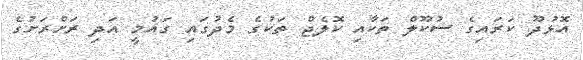
އޮޅުދޫ ކަރައިގެ ސުކޫލް ތަކާއި ކޮލެޖް ތަކުގެ މެދުގައި ގައުމީ އަދި ރަށްރަށުގެ